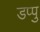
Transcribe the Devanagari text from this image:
डप्पु